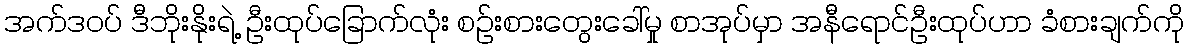
အက်ဒဝပ် ဒီဘိုးနိုးရဲ့ ဦးထုပ်ခြောက်လုံး စဉ်းစားတွေးခေါ်မှု စာအုပ်မှာ အနီရောင်ဦးထုပ်ဟာ ခံစားချက်ကို